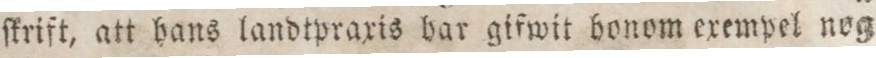
ſkrift, att hans landtpraxis har gifwit honom exempel nog